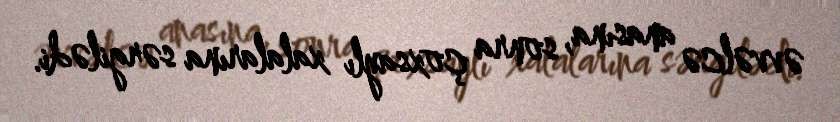
əvvəlcə anasına, sonra çoxsaylı xalalarına sərgilədi.